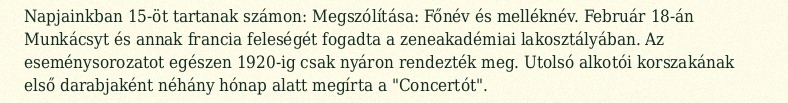
Napjainkban 15-öt tartanak számon: Megszólítása: Főnév és melléknév. Február 18-án Munkácsyt és annak francia feleségét fogadta a zeneakadémiai lakosztályában. Az eseménysorozatot egészen 1920-ig csak nyáron rendezték meg. Utolsó alkotói korszakának első darabjaként néhány hónap alatt megírta a "Concertót".